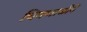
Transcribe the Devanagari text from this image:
चिमणाजीनें